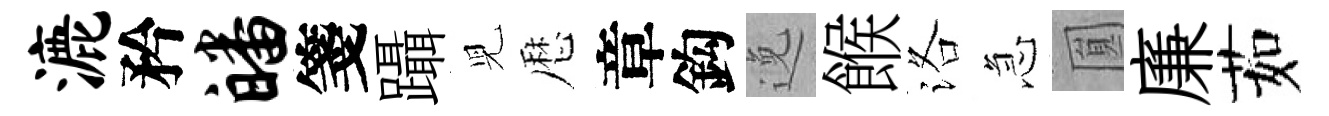
漉矜皤箋躡児厯章鈎𨓜餱洛急圎廉茹